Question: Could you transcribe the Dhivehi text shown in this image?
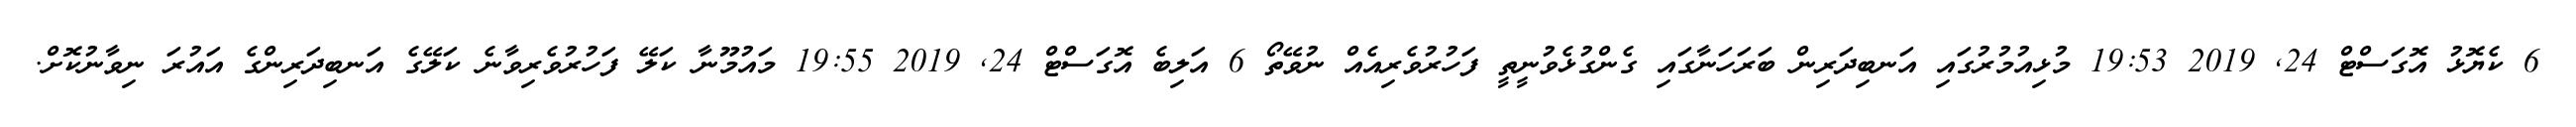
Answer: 6 ކެޔޮޅު އޮގަސްޓް 24, 2019 19:53 މުޅިއުމުރުގައި އަނބިދަރިން ބަރަހަނާގައި ގެންގުޅެވުނީތީ ފަހުރުވެރިއެއް ނުވޭތޯ 6 އަލިބެ އޮގަސްޓް 24, 2019 19:55 މައުމޫނާ ކަލޭ ފަހުރުވެރިވާނެ ކަލޭގެ އަނބިދަރިންގެ އައުރަ ނިވާނުކޮށް.